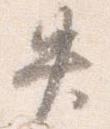
失